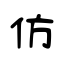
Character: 仿